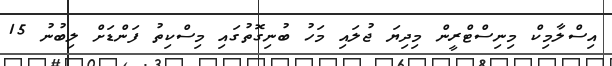
އިސްލާމިކް މިނިސްޓްރީން މިދިޔަ ޖުލައި މަހު ބުނިގޮތުގައި މިސްކިތު ފަންޑަށް ލިބުނު 15